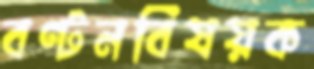
বণ্টনবিষয়ক